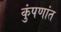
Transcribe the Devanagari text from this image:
कुंपणांत